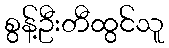
စွန့်ဦးတီထွင်သူ